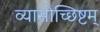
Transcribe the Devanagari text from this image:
व्यासोच्छिष्टम्